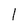
Character: 1